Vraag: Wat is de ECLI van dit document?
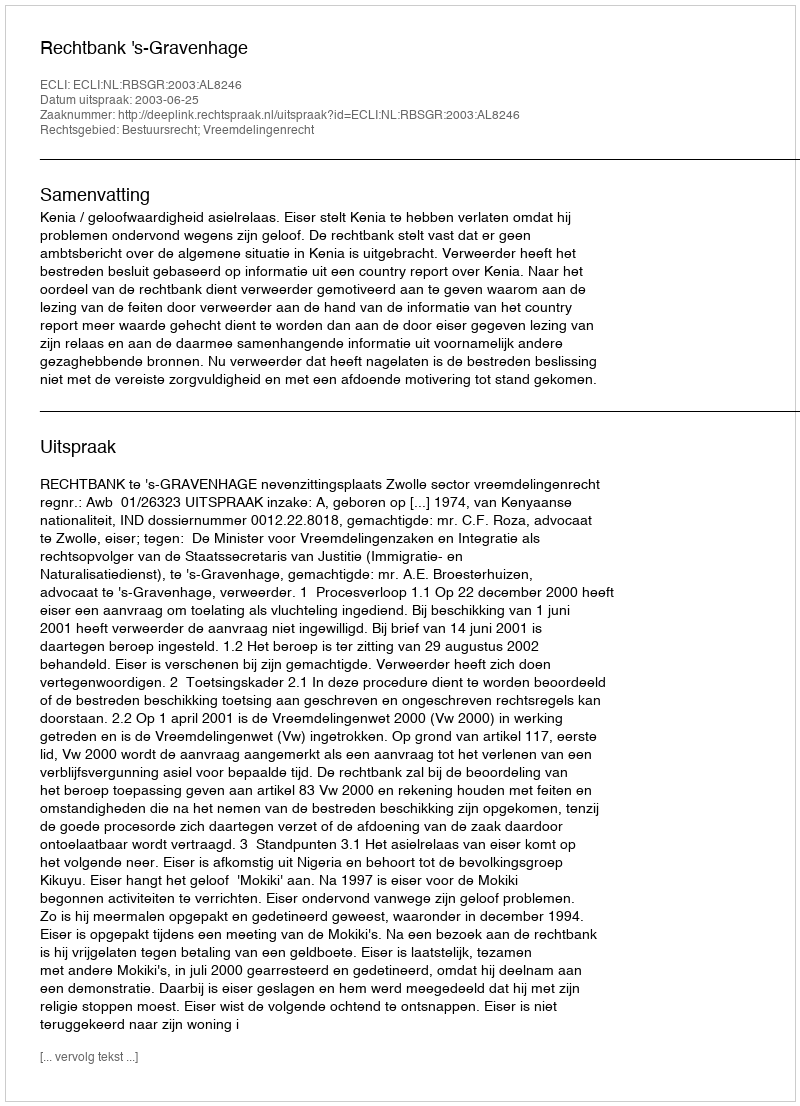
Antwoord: ECLI:NL:RBSGR:2003:AL8246